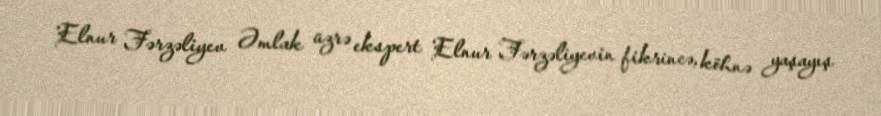
Elnur Fərzəliyev Əmlak üzrə ekspert Elnur Fərzəliyevin fikrincə, köhnə yaşayış